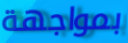
بمواجهة